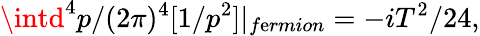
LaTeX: \intd^{4}p/(2\pi)^{4}[1/p^{2}]|_{f\mathrm{e}rmion}=-iT^{2}/24,